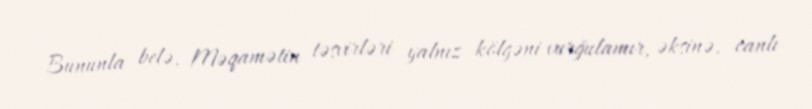
Bununla belə, Məqamətin təsvirləri yalnız kölgəni vurğulamır, əksinə, canlı